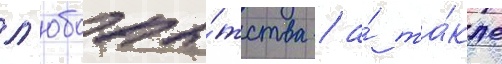
л'юбопы́тства / а́ та́кже